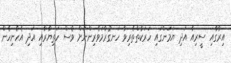
އިރާގާއި ސީރިއާ އަދި ޔަމަންގައި ހަރަކާތްތެރިވާ ހަނގުރާމަވެރިންނަށް ވެސް ހަތިޔާރާއި އަދި އެހެނިހެން